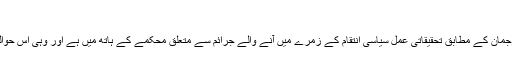
‘
جرمن دفتر استغاثہ کے ترجمان کے مطابق تحقیقاتی عمل سیاسی انتقام کے زمرے میں آنے والے جرائم سے متعلق محکمے کے ہاتھ میں ہے اور وہی اس حوالے سے تفتیش کر رہا ہے۔